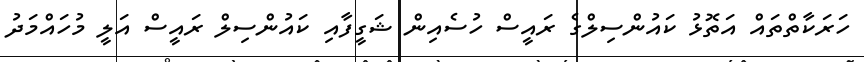
ހަރަކާތްތައް އަތޮޅު ކައުންސިލްގެ ރައީސް ހުސެއިން ޝަގީފާއި ކައުންސިލް ރައީސް އަލީ މުހައްމަދު